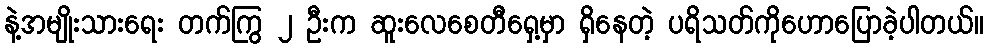
နဲ့အမျိုးသားရေး တက်ကြွ ၂ ဦးက ဆူးလေစေတီရှေ့မှာ ရှိနေတဲ့ ပရိသတ်ကိုဟောပြောခဲ့ပါတယ်။